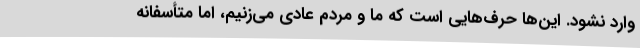
وارد نشود. این‌ها حرف‌هایی است که ما و مردم عادی می‌زنیم، اما متأسفانه